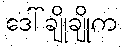
ဒေါ်ချိုချိုက